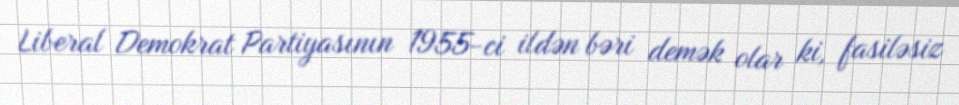
Liberal Demokrat Partiyasının 1955-ci ildən bəri demək olar ki, fasiləsiz